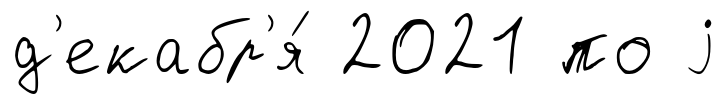
д'екабр'я́ 2021 по j